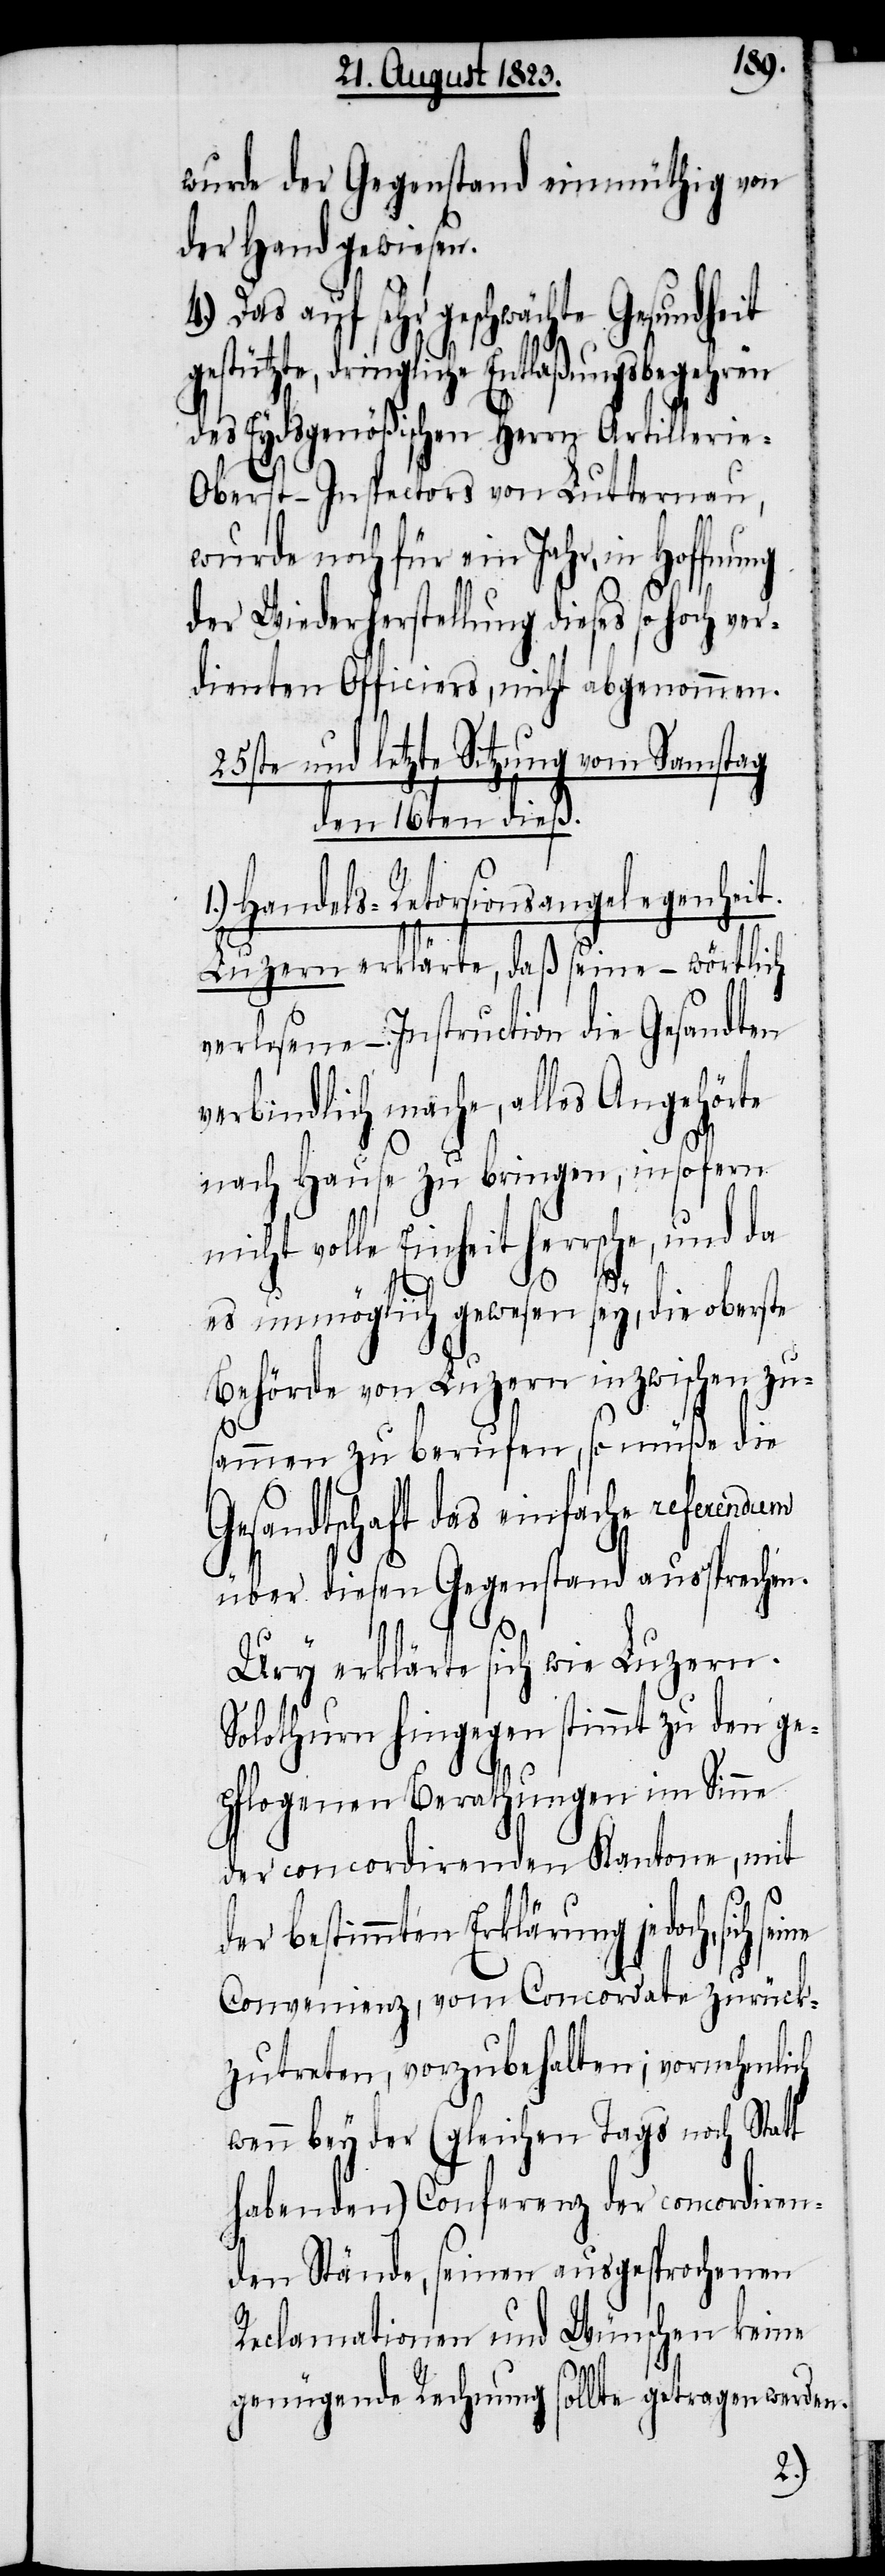
wurde der Gegenstand einmüthig von
der Hand gewiesen.
4.) Das auf sehr geschwächte Gesundheit
estützte, dringliche Entlaßungsbegehren
des Eydsgenößischen Herrn Artilleri¬
e-Oberst-Inspectors von Lutternau,
wurde noch für ein Jahr, in Hoffnung
der Wiederherstellung dieses so ho¬
dienten Officiers, nicht abgenommen.
25ste und letzte Sitzung vom Samstag
den 16ten dieß.
Handels-Retorsionsangelegenheit.
Luzern erklärte, daß seine – wörtlich
verlesene – Instruction die Gesandten
verbindlich mache, alles Angehörte
nach Hause zu bringen, insofern
nicht volle Einheit herrsche, und da
ver¬
es unmöglich gewesen sey, die oberste
Behörde von Luzern inzwischen zu¬
sammen zu berufen, so müße die
Gesandtschaft das einfache referendum
über diesen Gegenstand aussprechen.
s¬
Ury erklärte sich wie Luzern.
Solothurn hingegen stimmt zu den ge¬
pflogenen Berathungen im Sinne
der concordirenden Kantone, mit
bestimmten Erklärung jedoch,
Convenienz, vom Concordate zurück¬
zutreten, vorzubehalten; vornehmlich
wenn bey der (gleichen Tags noch Statt
habenden) Conferenz der concordiren¬
den Stände, seinen ausgesprochenen
Reclamationen und Wünschen keine
ollte getragen werden.
genügende Rechnung